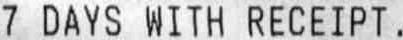
7 DAYS WITH RECEIPT.